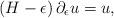
LaTeX: \begin{align*}\left(H-\epsilon\right)\partial_\epsilon u = u, \end{align*}